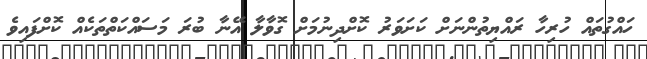
ހައްގުތައް ހުރިހާ ރައްޔިތުންނަށް ކަށަވަރު ކޮޮށްދިނުމަށް ގޮވާލާ އޭނާ ބުރަ މަސައްކަތްތަކެއް ކޮށްފައިވެ